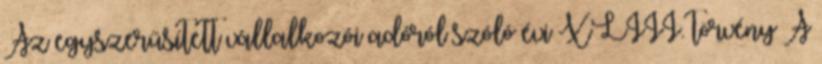
Az egyszerűsített vállalkozói adóról szóló évi XLIII. törvény A